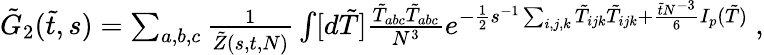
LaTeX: \begin{array}{r}{\tilde{G}_{2}(\tilde{t},s)=\sum_{a,b,c}\frac{1}{\tilde{Z}(s,t,N)}\int[d\tilde{T}]\frac{\tilde{T}_{abc}\tilde{T}_{abc}}{N^{3}}e^{-\frac{1}{2}s^{-1}\sum_{i,j,k}\tilde{T}_{ijk}\tilde{T}_{ijk}+\frac{\tilde{t}N^{-3}}{6}I_{p}(\tilde{T})}\mathrm{~,}}\end{array}